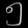
Digit: ၅